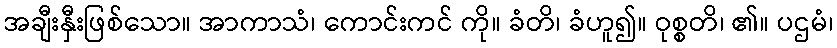
အချီးနှီးဖြစ်သော။ အာကာသံ၊ ကောင်းကင် ကို။ ခံတိ၊ ခံဟူ၍။ ဝုစ္စတိ၊ ၏။ ပဌမံ၊